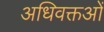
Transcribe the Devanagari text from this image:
अधिवक्तओं